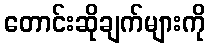
တောင်းဆိုချက်များကို